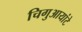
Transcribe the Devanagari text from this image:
चिगुआयांटे